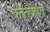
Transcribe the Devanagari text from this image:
काळगाव